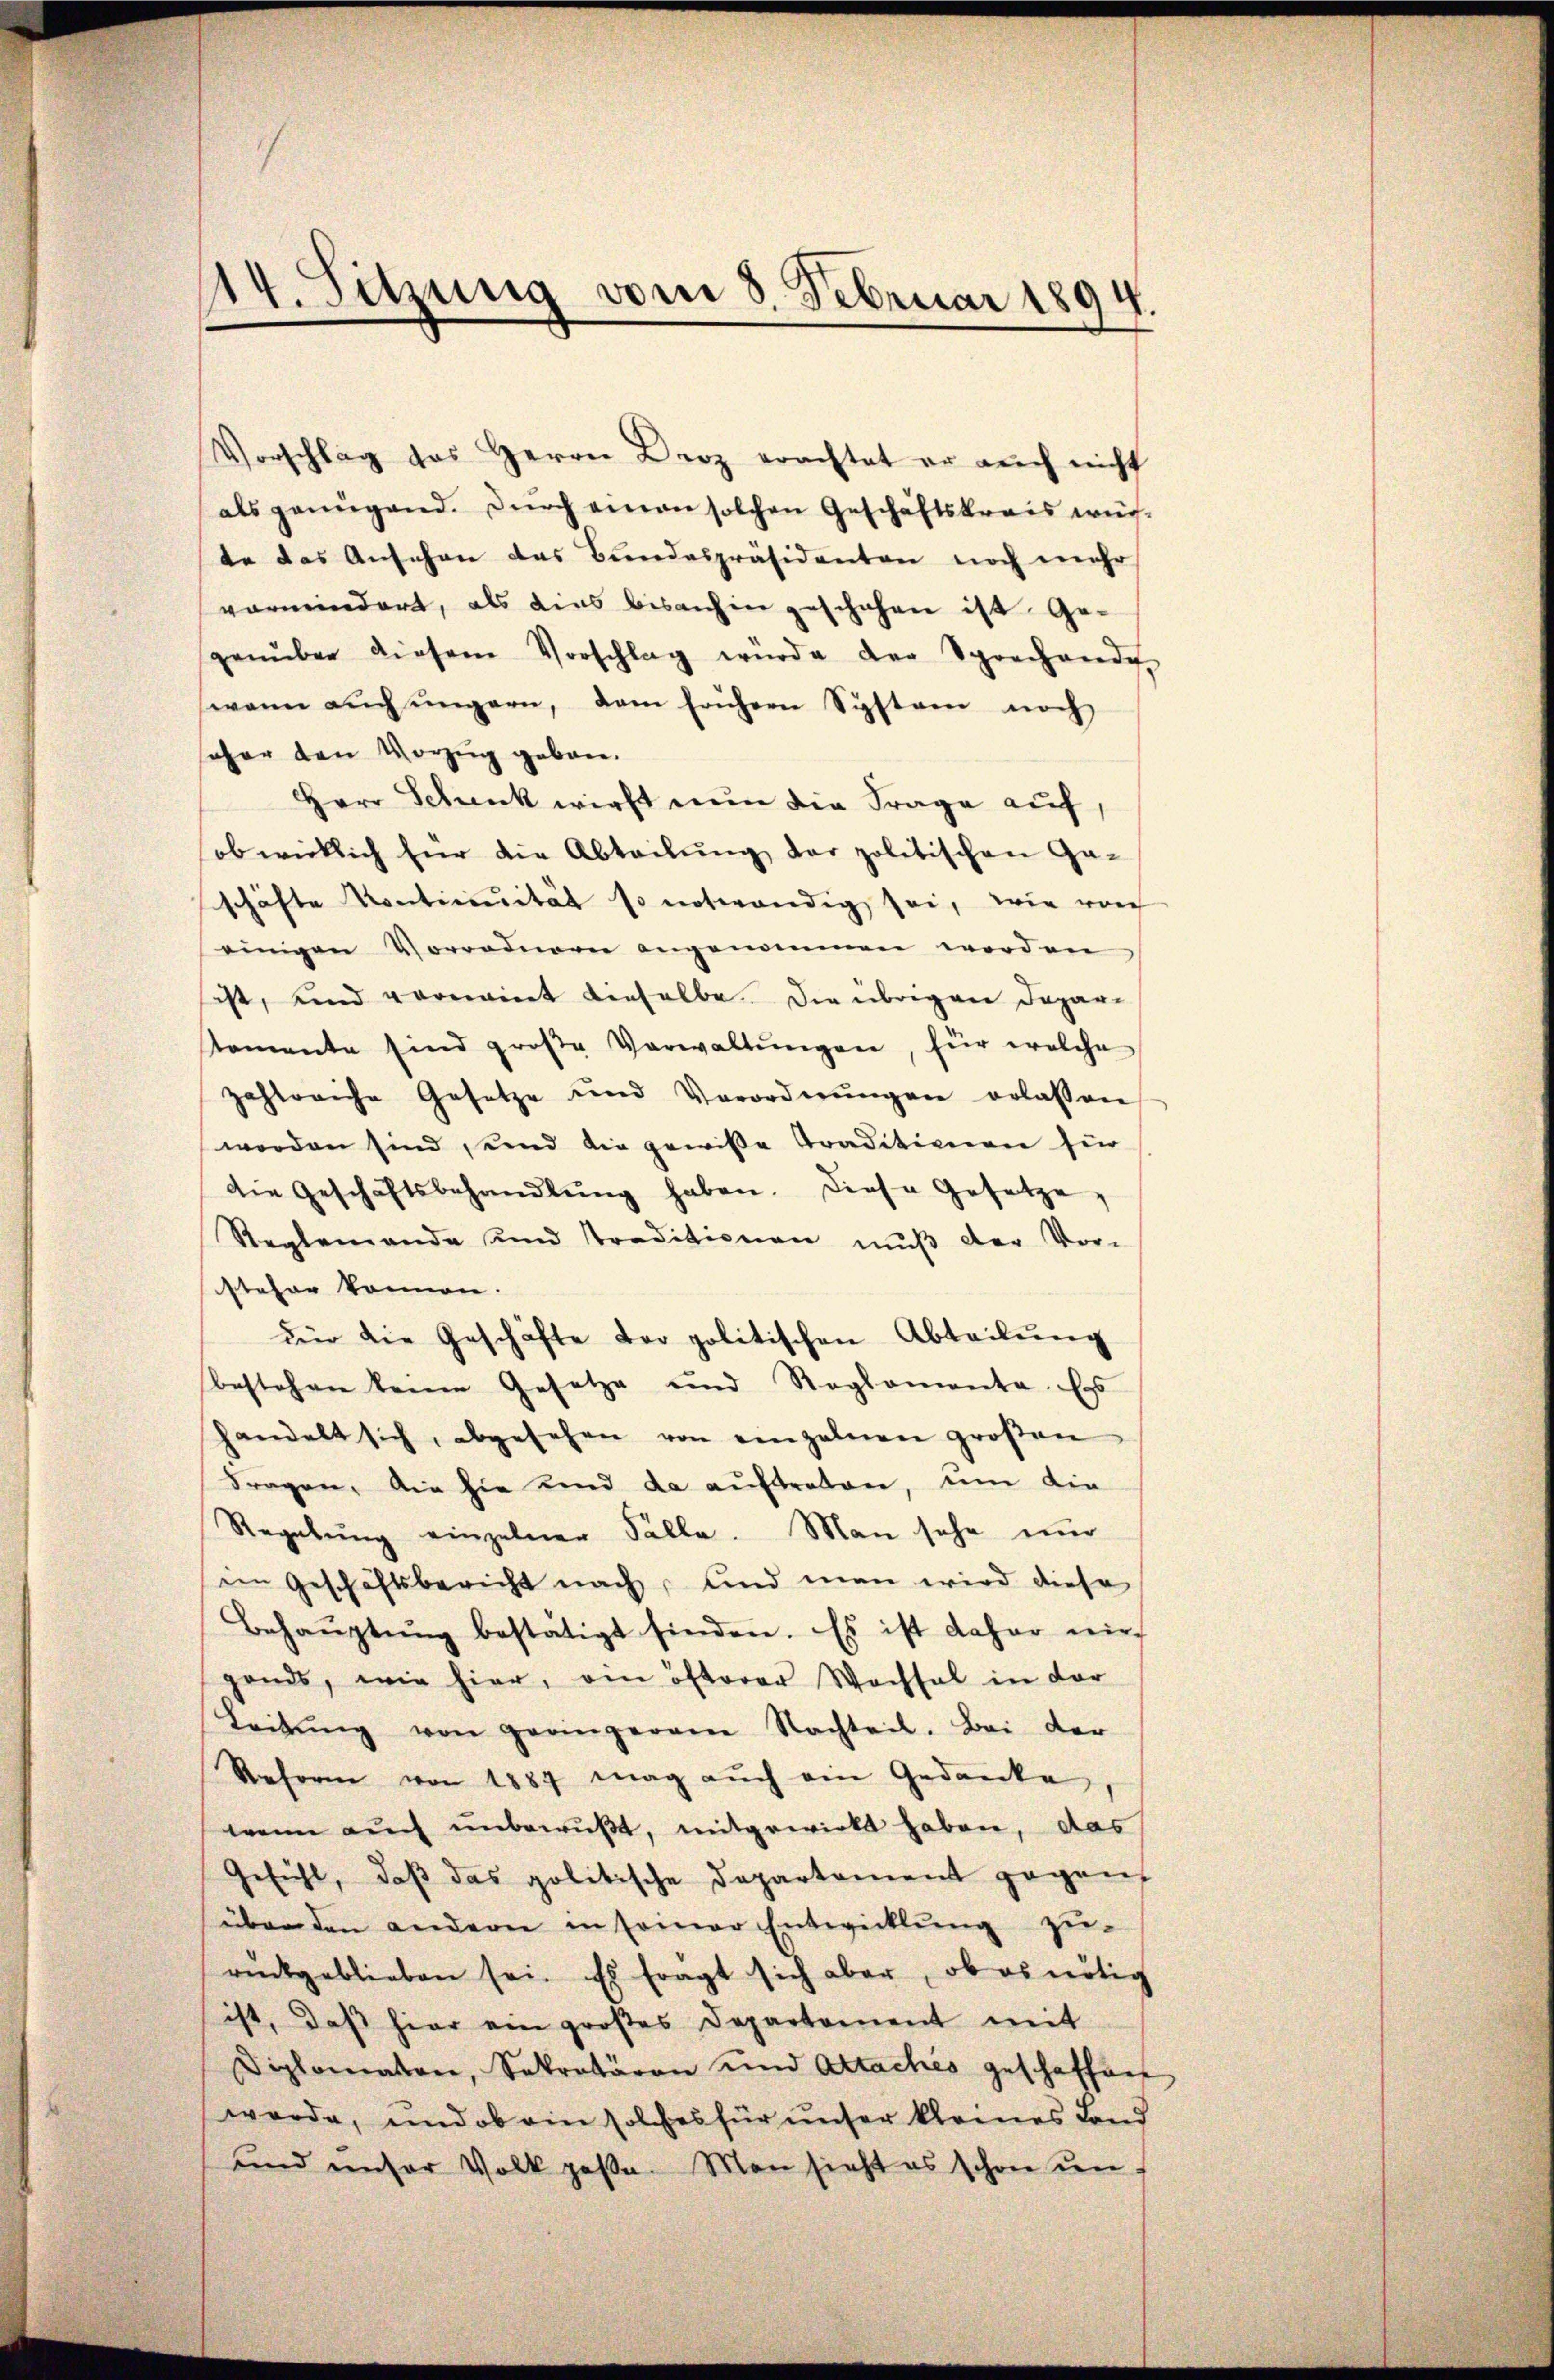
14. Sitzung vom 3. Februar 1894.

Vorschlag das Herrn Berz erachtet er aŭch nicht
als genügend. Durch einen solchen Geschäftskreis wür-
te das Ansehen das Bundespräsidenten noch mehr
vermindert, als dies bisanhin geschehen ist Ge-
genüber diesem Vorschlag würde der Sprechande
wann aŭch ŭngern, dem frühern System noch
oher den Vorzug geben.
Herr Schenk wirst nun die Frage auf,
ob wirklich für die Abteilŭng der politischen Ga-
schäfte Kontinuität so notwendig sei, wie vorh
einigen Vorrodnern angenommen werden
ist, und vornannt dieselbe. Die übrigen Depar-
tomente sind große Verwaltŭngen, für welche
zahlreiche Gesetze und Verordnŭngen erlassen
worden sind, und die gewiße Traditionen für
die Geschäftsbehandlŭng haben. Diese Gesetze,
Reglemende und Traditionen mŭβ der Vor-
steher können.
dee die Geschäfte der politischen Abteilung
bestehen keine Gesetze und Reglementa. Ers
handelt sich, abgesehen von einzelnen groβen
Fragen, die hie Kind da auftreten, um die
Regelŭng einzelner Fälle. Man sehe nur
im Geschäftsbericht nach, und man wird diese
Behaŭptŭng bestätigt finden. Es ist daher nie
gends, wie hier, ein öfterer Wachsel in der
Leitŭng von geringerem Nachteil. Bei der
Reform von 1887 mag auch ein Gedanke
wann auch unbewußt, mitgewirkt haben, das
Gefühl, daß das politische Departement gegen,
über den anderer in seiner Entwicklung zurückgeblieben sei. Es fragt sich aber, ob es nötig
ist, daß hier ein großes Departement mit
Diplomaten, Sekretären und Attaches geschaffen
werde, und ob ein solches für unser kleines Land
und unser Volk paβe. Man sieht es schon un¬